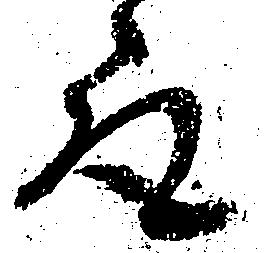
取